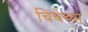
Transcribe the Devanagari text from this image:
चिचेच्या